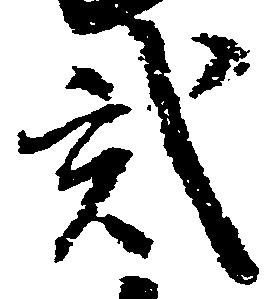
弐